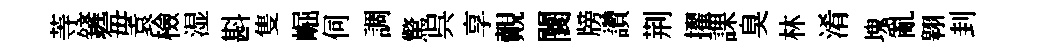
䓁鏟毎袁檢湿斟隻崛伺調驚呉享覿闤牓讚荆擢課臭林淆塊亂翱刲